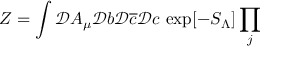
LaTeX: Z = \int \mathcal { D } A _ { \mu } \mathcal { D } b \mathcal { D } \overline { { c } } \mathcal { D } c \, \exp [ - S _ { \Lambda } ] \prod _ { j }